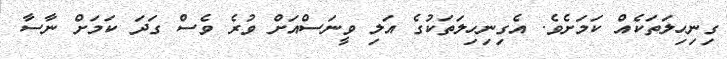
ގިނިހިލަތަކެއް ކަމަށެވެ. އެގިނިހިލަތަކުގެ އަލި ވީނަސްއަށް ވުރެ ވެސް ގަދަ ކަމަށް ނާސާ